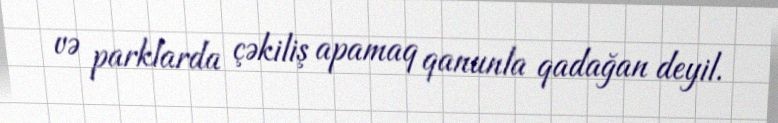
və parklarda çəkiliş apamaq qanunla qadağan deyil.